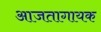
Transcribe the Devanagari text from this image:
आजतागायक